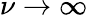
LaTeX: \nu\rightarrow\infty